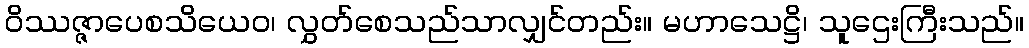
ဝိဿဇ္ဇာပေစသိယေဝ၊ လွှတ်စေသည်သာလျှင်တည်း။ မဟာသေဋ္ဌိ၊ သူဌေးကြီးသည်။